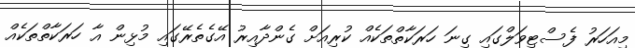
މިއަހަރު ފެސްޓިވަލްގައި ގިނަ ހަރަކާތްތަކެއް ކުރިއަށް ގެންދާއިރު އޭގެތެރޭގައި މުޅިން އާ ހަރަކާތްތަކެއް